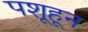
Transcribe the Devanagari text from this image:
पशूहून